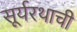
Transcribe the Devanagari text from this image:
सूर्यरथाची